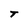
Character: T